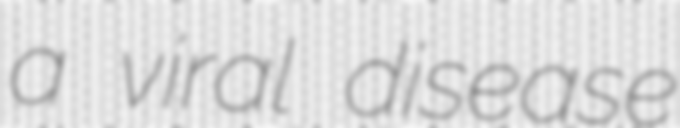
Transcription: a viral disease